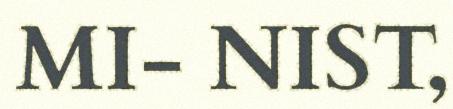
MI- NIST,